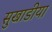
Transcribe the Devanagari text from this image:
सुखाडीया